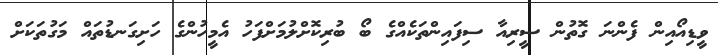
ވީޑިއޯއިން ފެންނަ ގޮތުން ސީރިއާ ސިފައިންތަކެއްގެ ބޯ ބުރިކޮށްލުމަށްފަހު އެމީހުންގެ ހަށިގަނޑުތައް މަގުތަކަށް